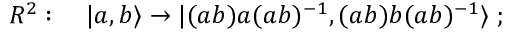
{ \cal R } ^ { 2 } : \quad | a , b \rangle \to | ( a b ) a ( a b ) ^ { - 1 } , ( a b ) b ( a b ) ^ { - 1 } \rangle \; ;